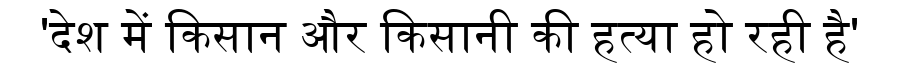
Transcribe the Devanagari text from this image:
'देश में किसान और किसानी की हत्या हो रही है'